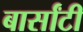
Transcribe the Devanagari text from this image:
बार्सांटी